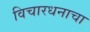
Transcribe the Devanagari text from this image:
विचारधनाचा